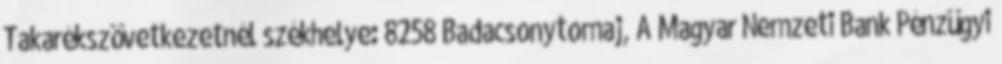
Takarékszövetkezetnél székhelye: 8258 Badacsonytomaj, A Magyar Nemzeti Bank Pénzügyi